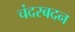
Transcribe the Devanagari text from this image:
चंदरबदन